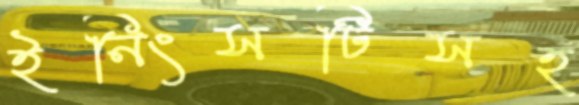
ইনিংসটিসহ